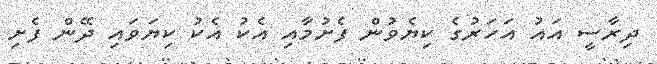
ދިރާސީ އައު އަހަރުގެ ކިޔެވުން ފެށުމާއި އެކު އެކު ކިޔަވައި ދޭން ފެށި